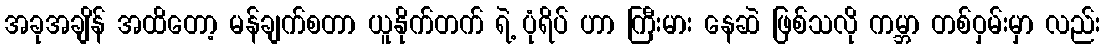
အခုအချိန် အထိတော့ မန်ချက်စတာ ယူနိုက်တက် ရဲ့ ပုံရိပ် ဟာ ကြီးမား နေဆဲ ဖြစ်သလို ကမ္ဘာ တစ်ဝှမ်းမှာ လည်း